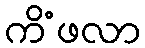
ကိံဖလာ